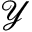
\mathcal { Y }